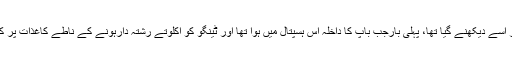
ٹینگو اس سے قبل محض دو بار اسے دیکھنے گیا تھا، پہلی بارجب باپ کا داخلہ اس ہسپتال میں ہوا تھا اور ٹینگو کو اکلوتے رشتہ دارہونے کے ناطے کاغذات پُر کرنے کے لئے طلب کیا گیا تھا۔